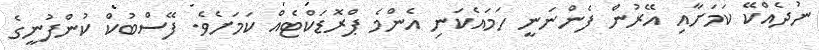
ނުދެއްކޭ ކަމަށާއި އޭރުން ފެންނަނީ ހަމައެކަނި އެންމެ ޕްރޮޑަކްޓެއް ކަމަށެވެ. ފޭސްބުކް ކުންފުނީގެ